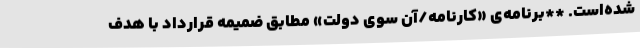
شده‌است. **برنامه‌ی «کارنامه/آن سوی دولت» مطابق ضمیمه قرارداد با هدف